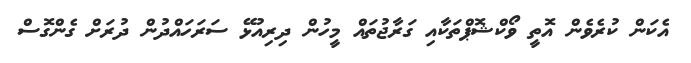
އެކަން ކުރެވެން އޮތީ ވޯކްޝޮޕްތަކާއި ގަރާޖުތައް މީހުން ދިރިއުޅޭ ސަރަހައްދުން ދުރަށް ގެންގޮސް